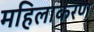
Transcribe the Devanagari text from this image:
महिलाकरण